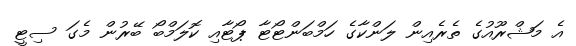
އެ މަޝްރޫއުގެ ތެރެއިން ލަންކާގެ ހަމްބަންޓޯޓާ ޕޯޓާއި ކޮލަމްބޯ ބޭރުން މެގަ ސިޓީ